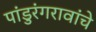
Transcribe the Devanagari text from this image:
पांडुरंगरावांचे